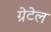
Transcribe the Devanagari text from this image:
ग्रेटेल